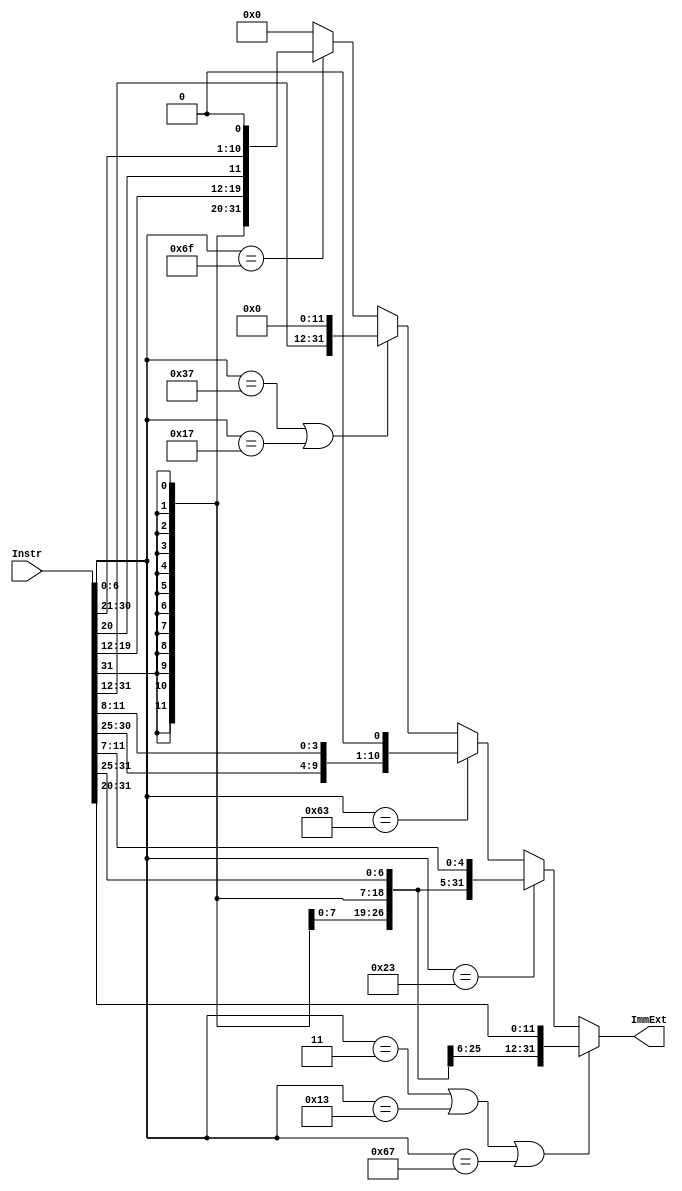
module Extend(
    input [31:0] Instr,
    output reg [31:0] ImmExt);
    wire [6:0] op = Instr[6:0];

    always @(Instr) begin
      if (op == 7'b0000011 || op == 7'b0010011 || op == 7'b1100111) begin 	// I type 
        ImmExt = {{21{Instr[31]}},Instr[30:20]};

      end else if (op == 7'b0100011) begin															 		// S type
        ImmExt = {{21{Instr[31]}},Instr[30:25],Instr[11:7]};

      end else if (op == 7'b1100011) begin 																	// B type
        ImmExt = {{20{Instr[31]}},Instr[7],Instr[30:25],Instr[11:8],1'b0};        

      end else if (op == 7'b0110111 || op == 7'b0010111) begin							// U type
        ImmExt = {{Instr[31:12]},12'd0};

      end else if (op == 7'b1101111) begin 																	// J type
        ImmExt = {{12{Instr[31]}},Instr[19:12],Instr[20],Instr[30:21],1'b0};

      end else ImmExt = 32'd0;
    end
endmodule